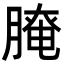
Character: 𦞴